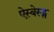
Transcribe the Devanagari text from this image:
ऐस्बेस्ट्स